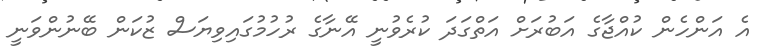
އެ އަންހެން ކުއްޖާގެ އަބުރަށް އަތްގަދަ ކުރެވުނީ އޭނާގެ ރުހުމުގައިވިޔަސް ޒުކަން ބޭނުންވަނީ